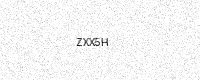
Text: ZXX5H